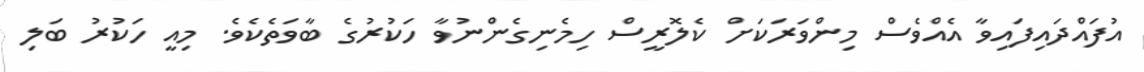
އުފައްދައިފައިވާ އެއްވެސް މިންވަރަކަށް ކެލޮރީސް ހިމެނިގެންނުވާ ހަކުރުގެ ބާވަތެކެވެ. މިއީ ހަކުރު ބަލި